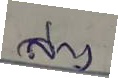
ล่าง